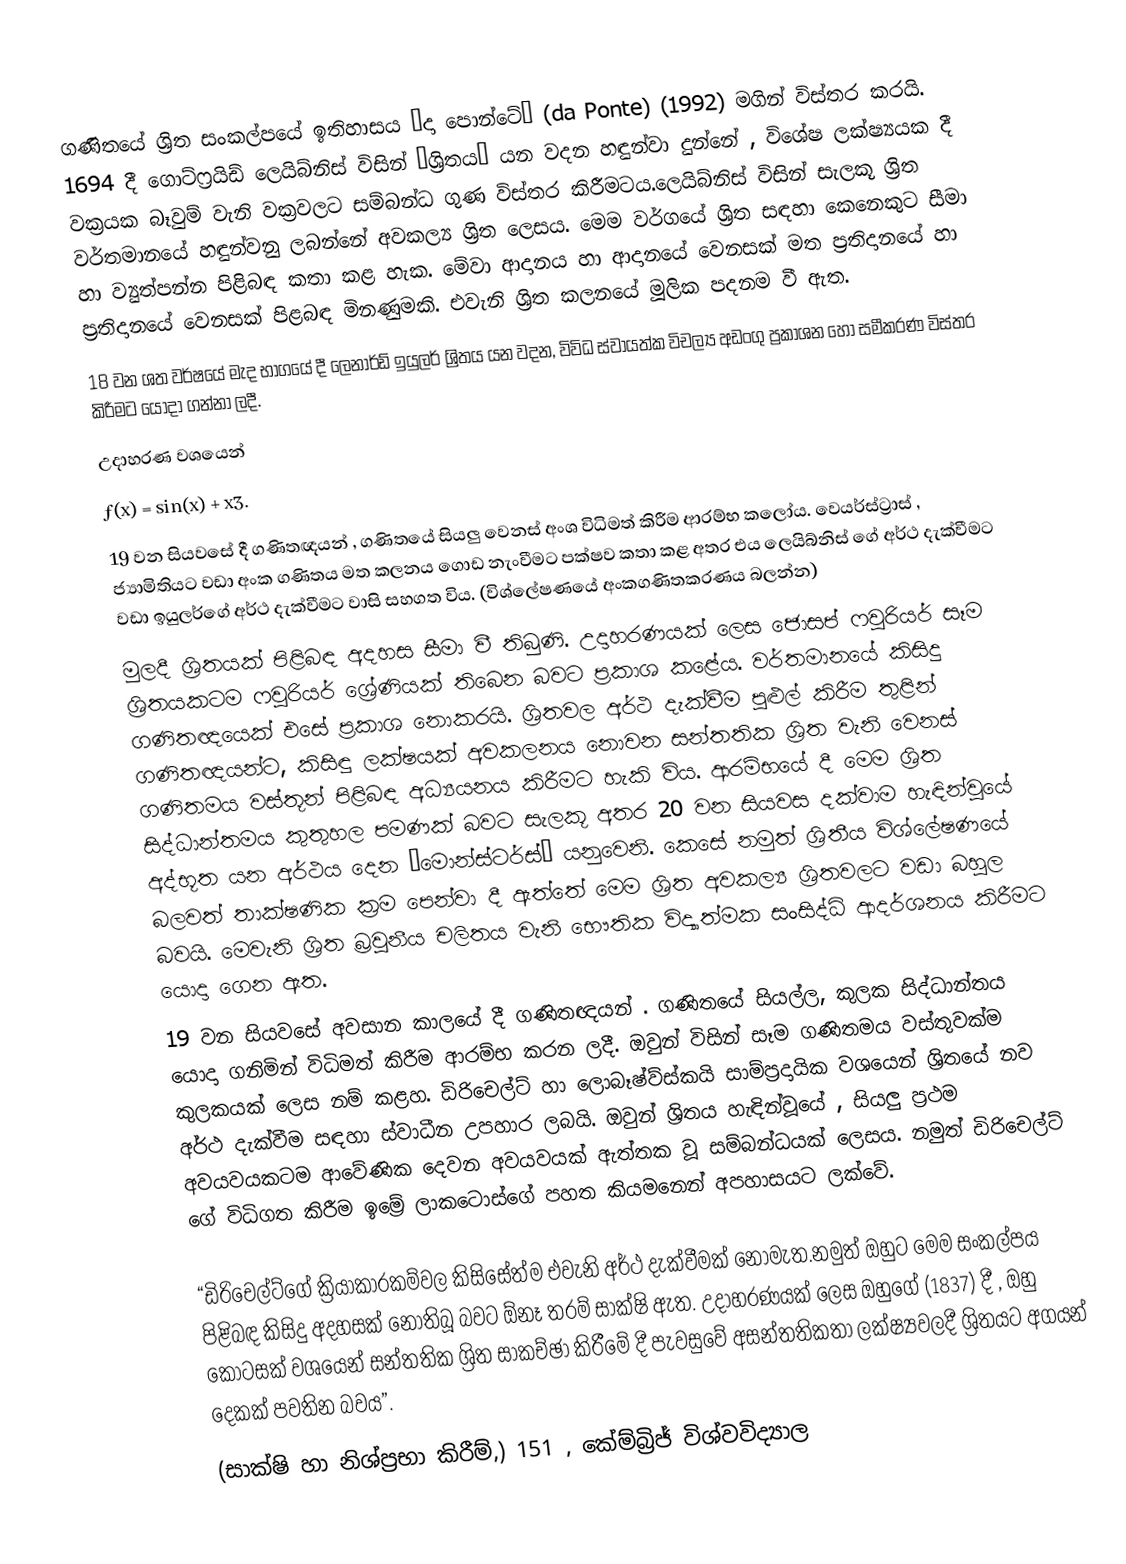
ගණිතයේ ශ්‍රිත සංකල්පයේ ඉතිහාසය “දා පොන්ටේ” (da Ponte) (1992) මගින් විස්තර කරයි. 1694 දී ගොට්ෆ්‍රයිඩ් ලෙයිබ්නිස් විසින් “ශ්‍රිතය” යන වදන හඳුන්වා දුන්නේ , විශේෂ ලක්ෂ්‍යයක දී වක්‍රයක බෑවුම් වැනි වක්‍රවලට සම්බන්ධ ගුණ විස්තර කිරීමටය.ලෙයිබ්නිස් විසින් සැලකූ ශ්‍රිත වර්තමානයේ හඳුන්වනු ලබන්නේ අවකල්‍ය ශ්‍රිත ලෙසය. මෙම වර්ගයේ ශ්‍රිත සඳහා කෙනෙකුට සීමා හා ව්‍යුත්පන්න පිළිබඳ කතා කළ හැක. මේවා ආදානය හා ආදානයේ වෙනසක් මත ප්‍රතිදානයේ හා ප්‍රතිදානයේ වෙනසක්  පිළබඳ මිනණුමකි. එවැනි ශ්‍රිත කලනයේ මූලික පදනම වී ඇත.
18 වන ශත වර්ෂයේ මැද භාගයේ දී ලෙනාර්ඩ් ඉයුලර් ශ්‍රිතය යන වදන, විවිධ ස්වායත්ක විචල්‍ය අඩංගු ප්‍රකාශන ‍හෝ සමීකරණ විස්තර කිරීමට යොදා ගන්නා ලදී.
උදාහරණ වශයෙන්
ƒ(x) = sin(x) + x3.
19 වන සියවසේ දී ගණිතඥයන් , ගණිතයේ සියලු වෙනස් අංශ විධිමත් කිරීම ආරම්භ කලෝය. වෙයර්ස්ට්‍රාස් , ජ්‍යාමිතියට වඩා අංක ගණිතය මත කලනය ගොඩ නැංවීමට ‍පක්ෂව කතා කළ අතර එය ලෙයිබ්නිස් ගේ අර්ථ දැක්වීමට වඩා ඉයුලර්ගේ අර්ථ දැක්වීමට වාසි සහගත විය. (විශ්ලේෂණයේ අංකගණිතකරණය බලන්න)
මුලදී ශ්‍රිතයක් පිළිබඳ අදහස සීමා වී තිබුණි. උදාහරණයක් ලෙස ජොසප් ෆවුරියර් සෑම ශ්‍රිතයකටම ෆවුරියර් ශ්‍රේණියක් තිබෙන බවට ප්‍රකාශ කළේය. වර්තමානයේ කිසිදු ගණිතඥයෙක් එසේ ප්‍රකාශ නොකරයි. ශ්‍රිතවල අර්ථ දැක්වීම පුළුල් කිරීම තුළින් ගණිතඥ‍යන්ට, කිසිඳු ලක්ෂයක් අවකලනය  නොවන සන්තතික ශ්‍රිත වැනි වෙනස් ගණිතමය වස්තූන් පිළිබඳ අධ්‍යයනය කිරීමට හැකි විය. ආරම්භයේ දී මෙම ශ්‍රිත සිද්ධාන්තමය කුතුහල පමණක් බවට සැලකූ අතර 20 වන සියවස දක්වාම හැඳින්වූයේ අද්භූත යන අර්ථය දෙන “මොන්ස්‍ටර්ස්” යනුවෙනි. කෙසේ නමුත් ශ්‍රිතීය විශ්ලේෂණයේ බලවත් තාක්ෂණික ක්‍රම පෙන්වා දී ඇත්තේ මෙම ශ්‍රිත අවකල්‍ය ශ්‍රිතවලට වඩා බහුල බවයි. මෙවැනි ශ්‍රිත බ්‍රවුනීය චලිතය වැනි භෞතික විද්‍යාත්මක සංසිද්ධි ආදර්ශනය කිරීමට යොදා ගෙන ඇත.
19 වන සියවසේ අවසාන කාලයේ දී ගණිතඥයන් . ගණිතයේ සියල්ල, කුලක සිද්ධාන්තය යොදා ගනිමින් විධිමත් කිරීම ආරම්භ කරන ලදී. ඔවුන් විසින් සෑම ගණිතමය වස්තුවක්ම කුලකයක් ලෙස නම් කළහ. ඩිරිචෙල්ට් හා ලොබෑෂ්ව්ස්කයි සාම්ප්‍රදායික වශයෙන් ශ්‍රිතයේ නව අර්ථ දැක්වීම සඳහා ස්වාධීන උපහාර ලබයි. ඔවුන් ශ්‍රිතය හැඳින්වූයේ , සියලු ප්‍රථම අවයවයකටම  ආවේණික දෙවන අවයවයක් ඇත්තක වූ සම්බන්ධයක් ලෙසය. නමුත් ඩිරිචෙල්ට් ගේ විධිගත කිරීම ඉම්‍රේ ලාකටොස්ගේ පහත කියමනෙන් අපහාසයට ලක්වේ.

“ඩි‍රිචෙල්ට්ගේ ක්‍රියාකාරකම්වල කිසිසේත්ම එවැනි අර්ථ දැක්වීමක් නොමැත.නමුත් ඔහුට මෙම සංකල්පය පිළිබඳ කිසිදු අදහසක් නොතිබූ බවට ඕනෑ තරම් සාක්ෂි ඇත. උදාහරණයක් ලෙස ඔහුගේ (1837) දී , ඔහු කොටසක් වශයෙන් සන්තතික ශ්‍රිත සාකච්ඡා කිරීමේ දී පැවසුවේ අසන්තතිකතා ලක්ෂ්‍යවලදී ශ්‍රිතයට අගයන් දෙකක් පවතින බවය”.
(සාක්ෂි හා නිශ්ප්‍රභා කිරීම්,) 151 , කේම්බ්‍රිජ් විශ්වවිද්‍යාල